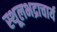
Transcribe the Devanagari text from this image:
स्थूलभद्राचार्य